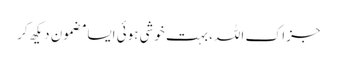
جزاکِ اللہ، بہت خوشی ہوئی ایسا مضمون دیکھ کر